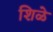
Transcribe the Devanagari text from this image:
शिळे